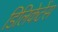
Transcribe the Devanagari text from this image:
डिलिकेटेंस